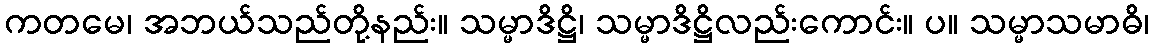
ကတမေ၊ အဘယ်သည်တို့နည်း။ သမ္မာဒိဋ္ဌိ၊ သမ္မာဒိဋ္ဌိလည်းကောင်း။ ပ။ သမ္မာသမာဓိ၊